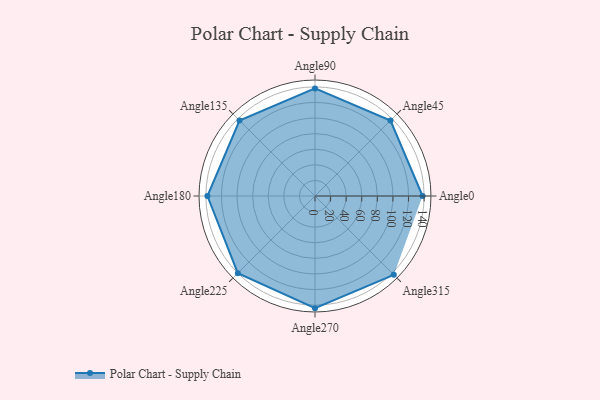
{"axis": {"x": "Angle", "y": "Radius"}, "legend": [""], "data": [{"x": "Angle0", "y": 138.0, "type": ""}, {"x": "Angle45", "y": 137.0, "type": ""}, {"x": "Angle90", "y": 138.0, "type": ""}, {"x": "Angle135", "y": 137.0, "type": ""}, {"x": "Angle180", "y": 138.0, "type": ""}, {"x": "Angle225", "y": 140.0, "type": ""}, {"x": "Angle270", "y": 144.0, "type": ""}, {"x": "Angle315", "y": 143.0, "type": ""}]}